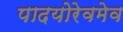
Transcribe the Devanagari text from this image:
पादयोरेवमेव